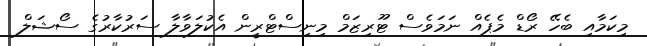
މިކަމާއި ބެހޭ ރޯޑް މެޕެއް ނަމަވެސް ޓޫރިޒަމް މިނިސްޓްރީން އެކުލަވާލާ ސަރުކާރުގެ ސޯޝަލް